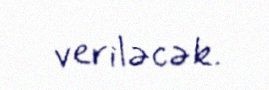
veriləcək.